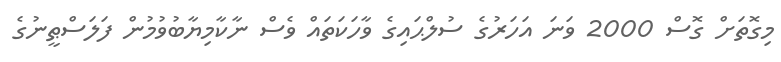
މިގޮތަށް ގޮސް 2000 ވަނަ އަހަރުގެ ސުލްޙައިގެ ވާހަކަތައް ވެސް ނާކާމިޔާބުވުމުން ފަލަސްޠީނުގެ